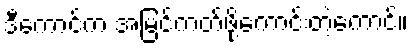
ဒီကောင်က အမြင်ကတ်ဖို့ကောင်းတဲ့ကောင်။